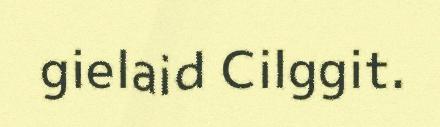
gielaid Cilggit.